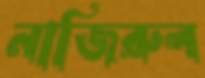
নাজিরুল